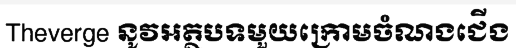
Theverge នូវអត្ថបទមួយក្រោមចំណងជើង